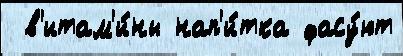
 в'итам'и́ны нап'и́тка фасу́ют